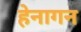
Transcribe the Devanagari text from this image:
हेनागन